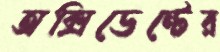
অক্সিডেন্টের